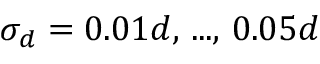
\sigma _ { d } = 0 . 0 1 d , \, . . . , \, 0 . 0 5 d